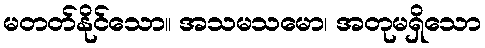
မတတ်နိုင်သော။ အသမသမော၊ အတုမရှိသော